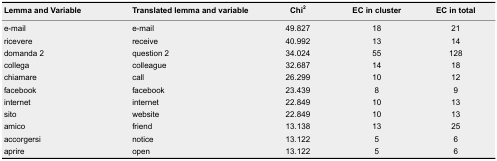
<table><thead><tr><td><b>Lemma and Variable</b></td><td><b>Translated lemma and variable</b></td><td><b>Chi<sup>2</sup></b></td><td><b>EC in cluster</b></td><td><b>EC in total</b></td></tr></thead><tbody><tr><td>e-mail</td><td>e-mail</td><td>49.827</td><td>18</td><td>21</td></tr><tr><td>ricevere</td><td>receive</td><td>40.992</td><td>13</td><td>14</td></tr><tr><td>domanda 2</td><td>question 2</td><td>34.024</td><td>55</td><td>128</td></tr><tr><td>collega</td><td>colleague</td><td>32.687</td><td>14</td><td>18</td></tr><tr><td>chiamare</td><td>call</td><td>26.299</td><td>10</td><td>12</td></tr><tr><td>facebook</td><td>facebook</td><td>23.439</td><td>8</td><td>9</td></tr><tr><td>internet</td><td>internet</td><td>22.849</td><td>10</td><td>13</td></tr><tr><td>sito</td><td>website</td><td>22.849</td><td>10</td><td>13</td></tr><tr><td>amico</td><td>friend</td><td>13.138</td><td>13</td><td>25</td></tr><tr><td>accorgersi</td><td>notice</td><td>13.122</td><td>5</td><td>6</td></tr><tr><td>aprire</td><td>open</td><td>13.122</td><td>5</td><td>6</td></tr></tbody></table>